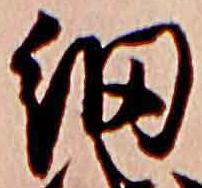
網